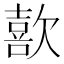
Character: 歖